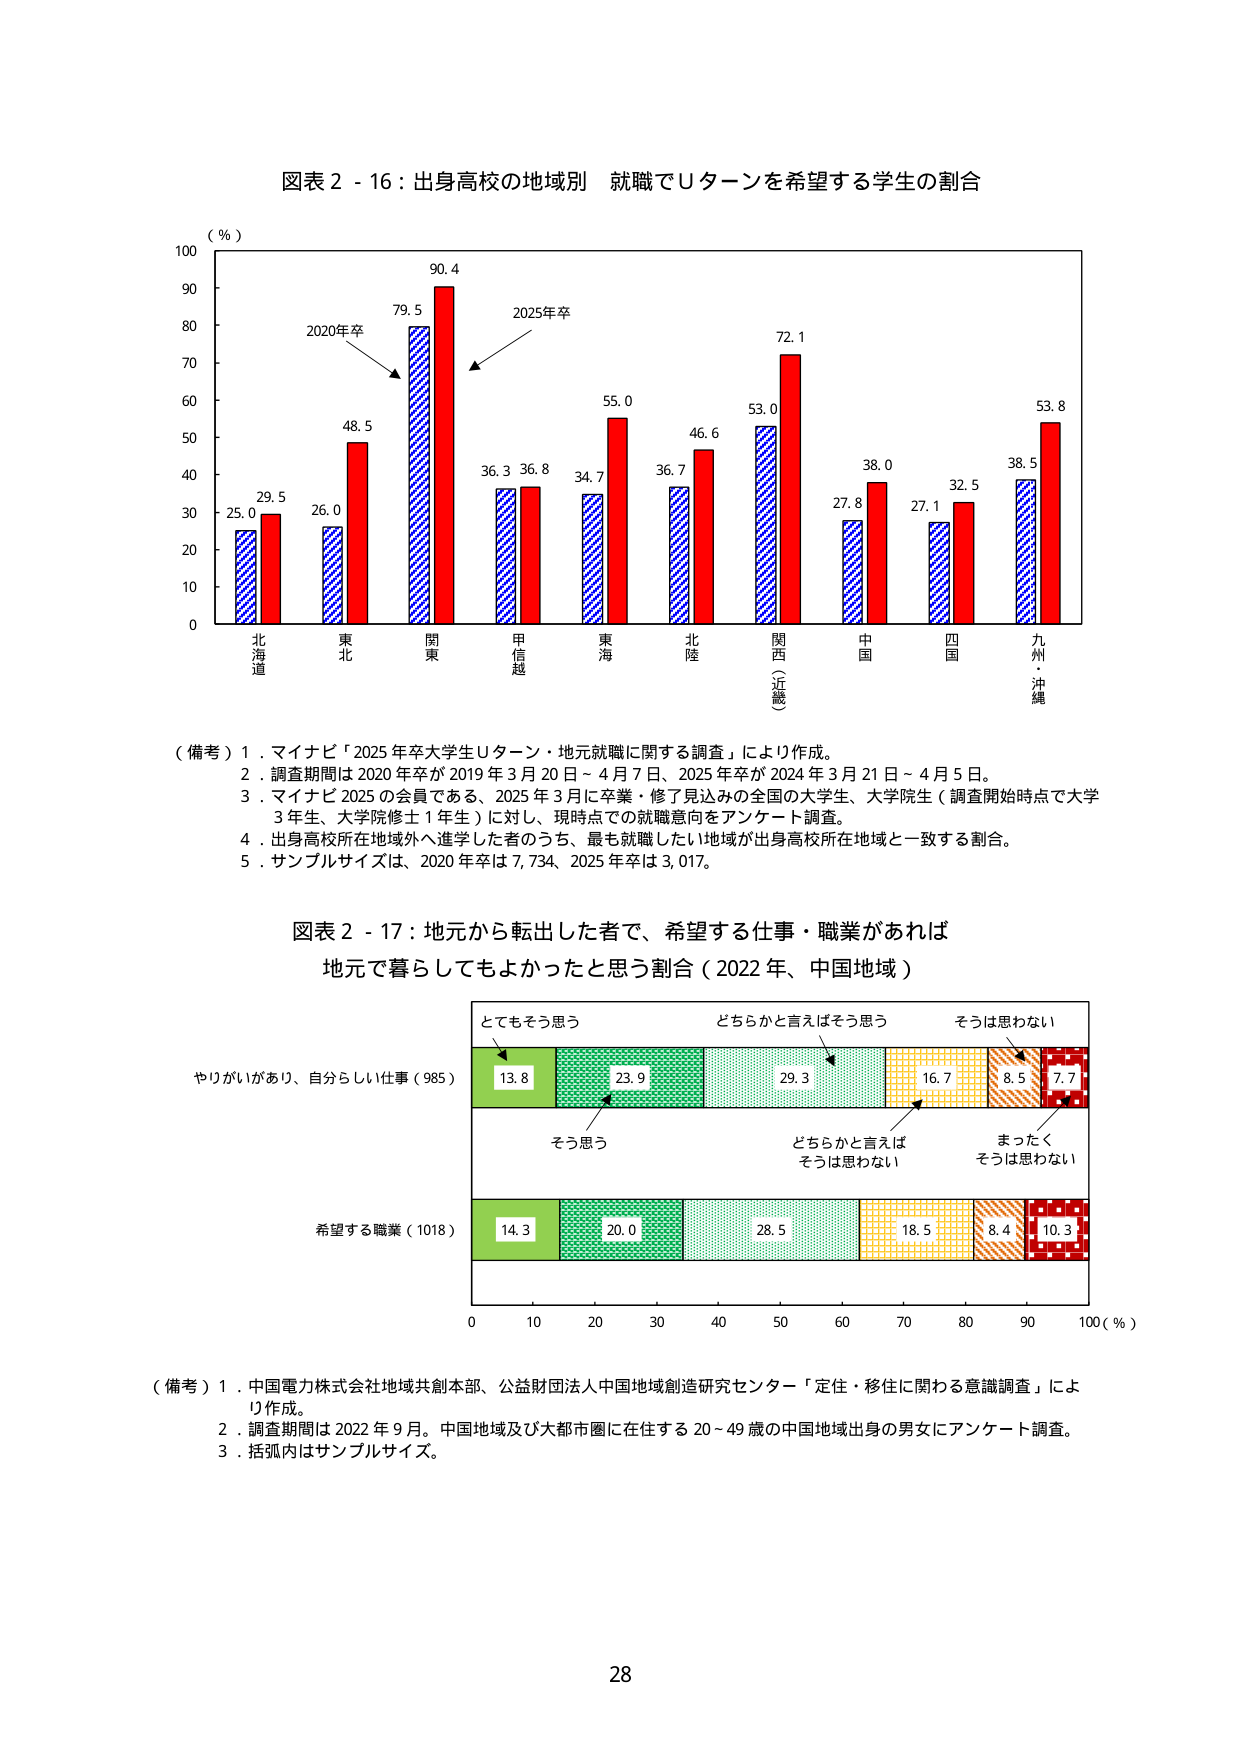
図表２－１６：出身高校の地域別 就職でＵターンを希望する学生の割合

（％）
100
90
80
70
60
50
40
30
20
10
0

北海道
25.0
29.5

東北
26.0
48.5

関東
79.5
90.4

甲信越
36.3
36.8

東海
34.7
55.0

北陸
36.7
46.6

関西（近畿）
53.0
72.1

中国
27.8
38.0

四国
27.1
32.5

九州・沖縄
38.5
53.8

2020年卒
2025年卒

（備考）１．マイナビ「2025年卒大学生Ｕターン・地元就職に関する調査」により作成。
２．調査期間は2020年卒が2019年3月20日～4月7日、2025年卒が2024年3月21日～4月5日。
３．マイナビ2025の会員である、2025年3月に卒業・修了見込みの全国の大学生、大学院生（調査開始時点で大学3年生、大学院修士1年生）に対し、現時点での就職意向をアンケート調査。
４．出身高校所在地域外へ進学した者のうち、最も就職したい地域が出身高校所在地域と一致する割合。
５．サンプルサイズは、2020年卒は7,734、2025年卒は3,017。

図表２－１７：地元から転出した者で、希望する仕事・職業があれば
地元で暮らしてもよかったと思う割合（2022年、中国地域）

とてもそう思う
どちらかと言えばそう思う
そうは思わない

やりがいがあり、自分らしい仕事（985）
13.8
23.9
29.3
16.7
8.5
7.7

そう思う
どちらかと言えばそうは思わない
まったくそうは思わない

希望する職業（1018）
14.3
20.0
28.5
18.5
8.4
10.3

0 10 20 30 40 50 60 70 80 90 100（％）

（備考）１．中国電力株式会社地域共創本部、公益財団法人中国地域創造研究センター「定住・移住に関わる意識調査」により作成。
２．調査期間は2022年9月。中国地域及び大都市圏に在住する20～49歳の中国地域出身の男女にアンケート調査。
３．括弧内はサンプルサイズ。

28